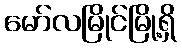
မော်လမြိုင်မြို့ရှိ